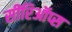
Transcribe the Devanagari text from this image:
सीरिऑप्स